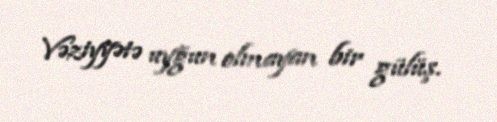
Vəziyyətə uyğun olmayan bir gülüş.